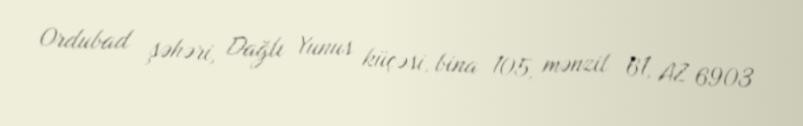
Ordubad şəhəri, Dağlı Yunus küçəsi, bina 105, mənzil 61, AZ 6903